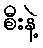
စီးနဲ့